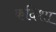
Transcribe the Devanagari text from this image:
कदिशा